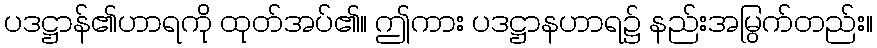
ပဒဋ္ဌာန်၏ဟာရကို ထုတ်အပ်၏။ ဤကား ပဒဋ္ဌာနဟာရ၌ နည်းအမြွက်တည်း။